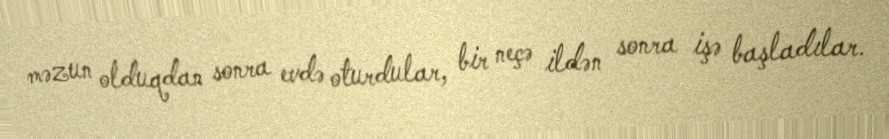
məzun olduqdan sonra evdə oturdular, bir neçə ildən sonra işə başladılar.